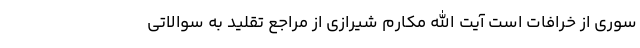
سوری از خرافات است آیت الله مکارم شیرازی از مراجع تقلید به سوالاتی